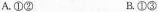
A.①② B.①③